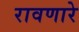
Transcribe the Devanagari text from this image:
रावणारे